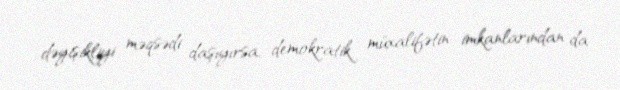
dəyişikliyi məqsədi daşıyırsa, demokratik müxalifətin imkanlarından da